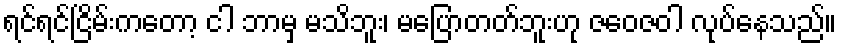
ရင်ရင်ငြိမ်းကတော့ ငါ ဘာမှ မသိဘူး၊ မပြောတတ်ဘူးဟု ဇဝေဇဝါ လုပ်နေသည်။